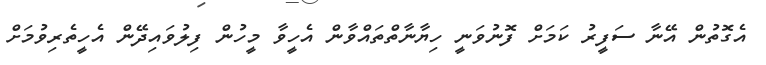
އެގޮތުން އޭނާ ސަަފީރު ކަމަށް ފޮނުވަނީ ހިޔާނާތްތައްވާން އެހީވާ މީހުން ފިލުވައިދޭން އެހީތެރިވުމަށް